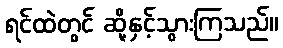
ရင်ထဲတွင် ဆို့နှင့်သွားကြသည်။